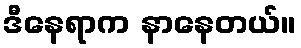
ဒီနေရာက နာနေတယ်။